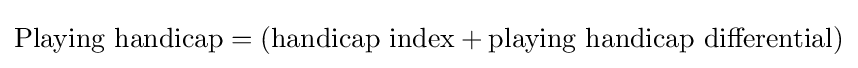
{\mbox{Playing handicap}}=({\mbox{handicap index}}+{\mbox{playing handicap differential}})